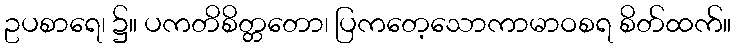
ဥပစာရေ၊ ၌။ ပကတိစိတ္တတော၊ ပြကတေ့သောကာမာဝစရ စိတ်ထက်။